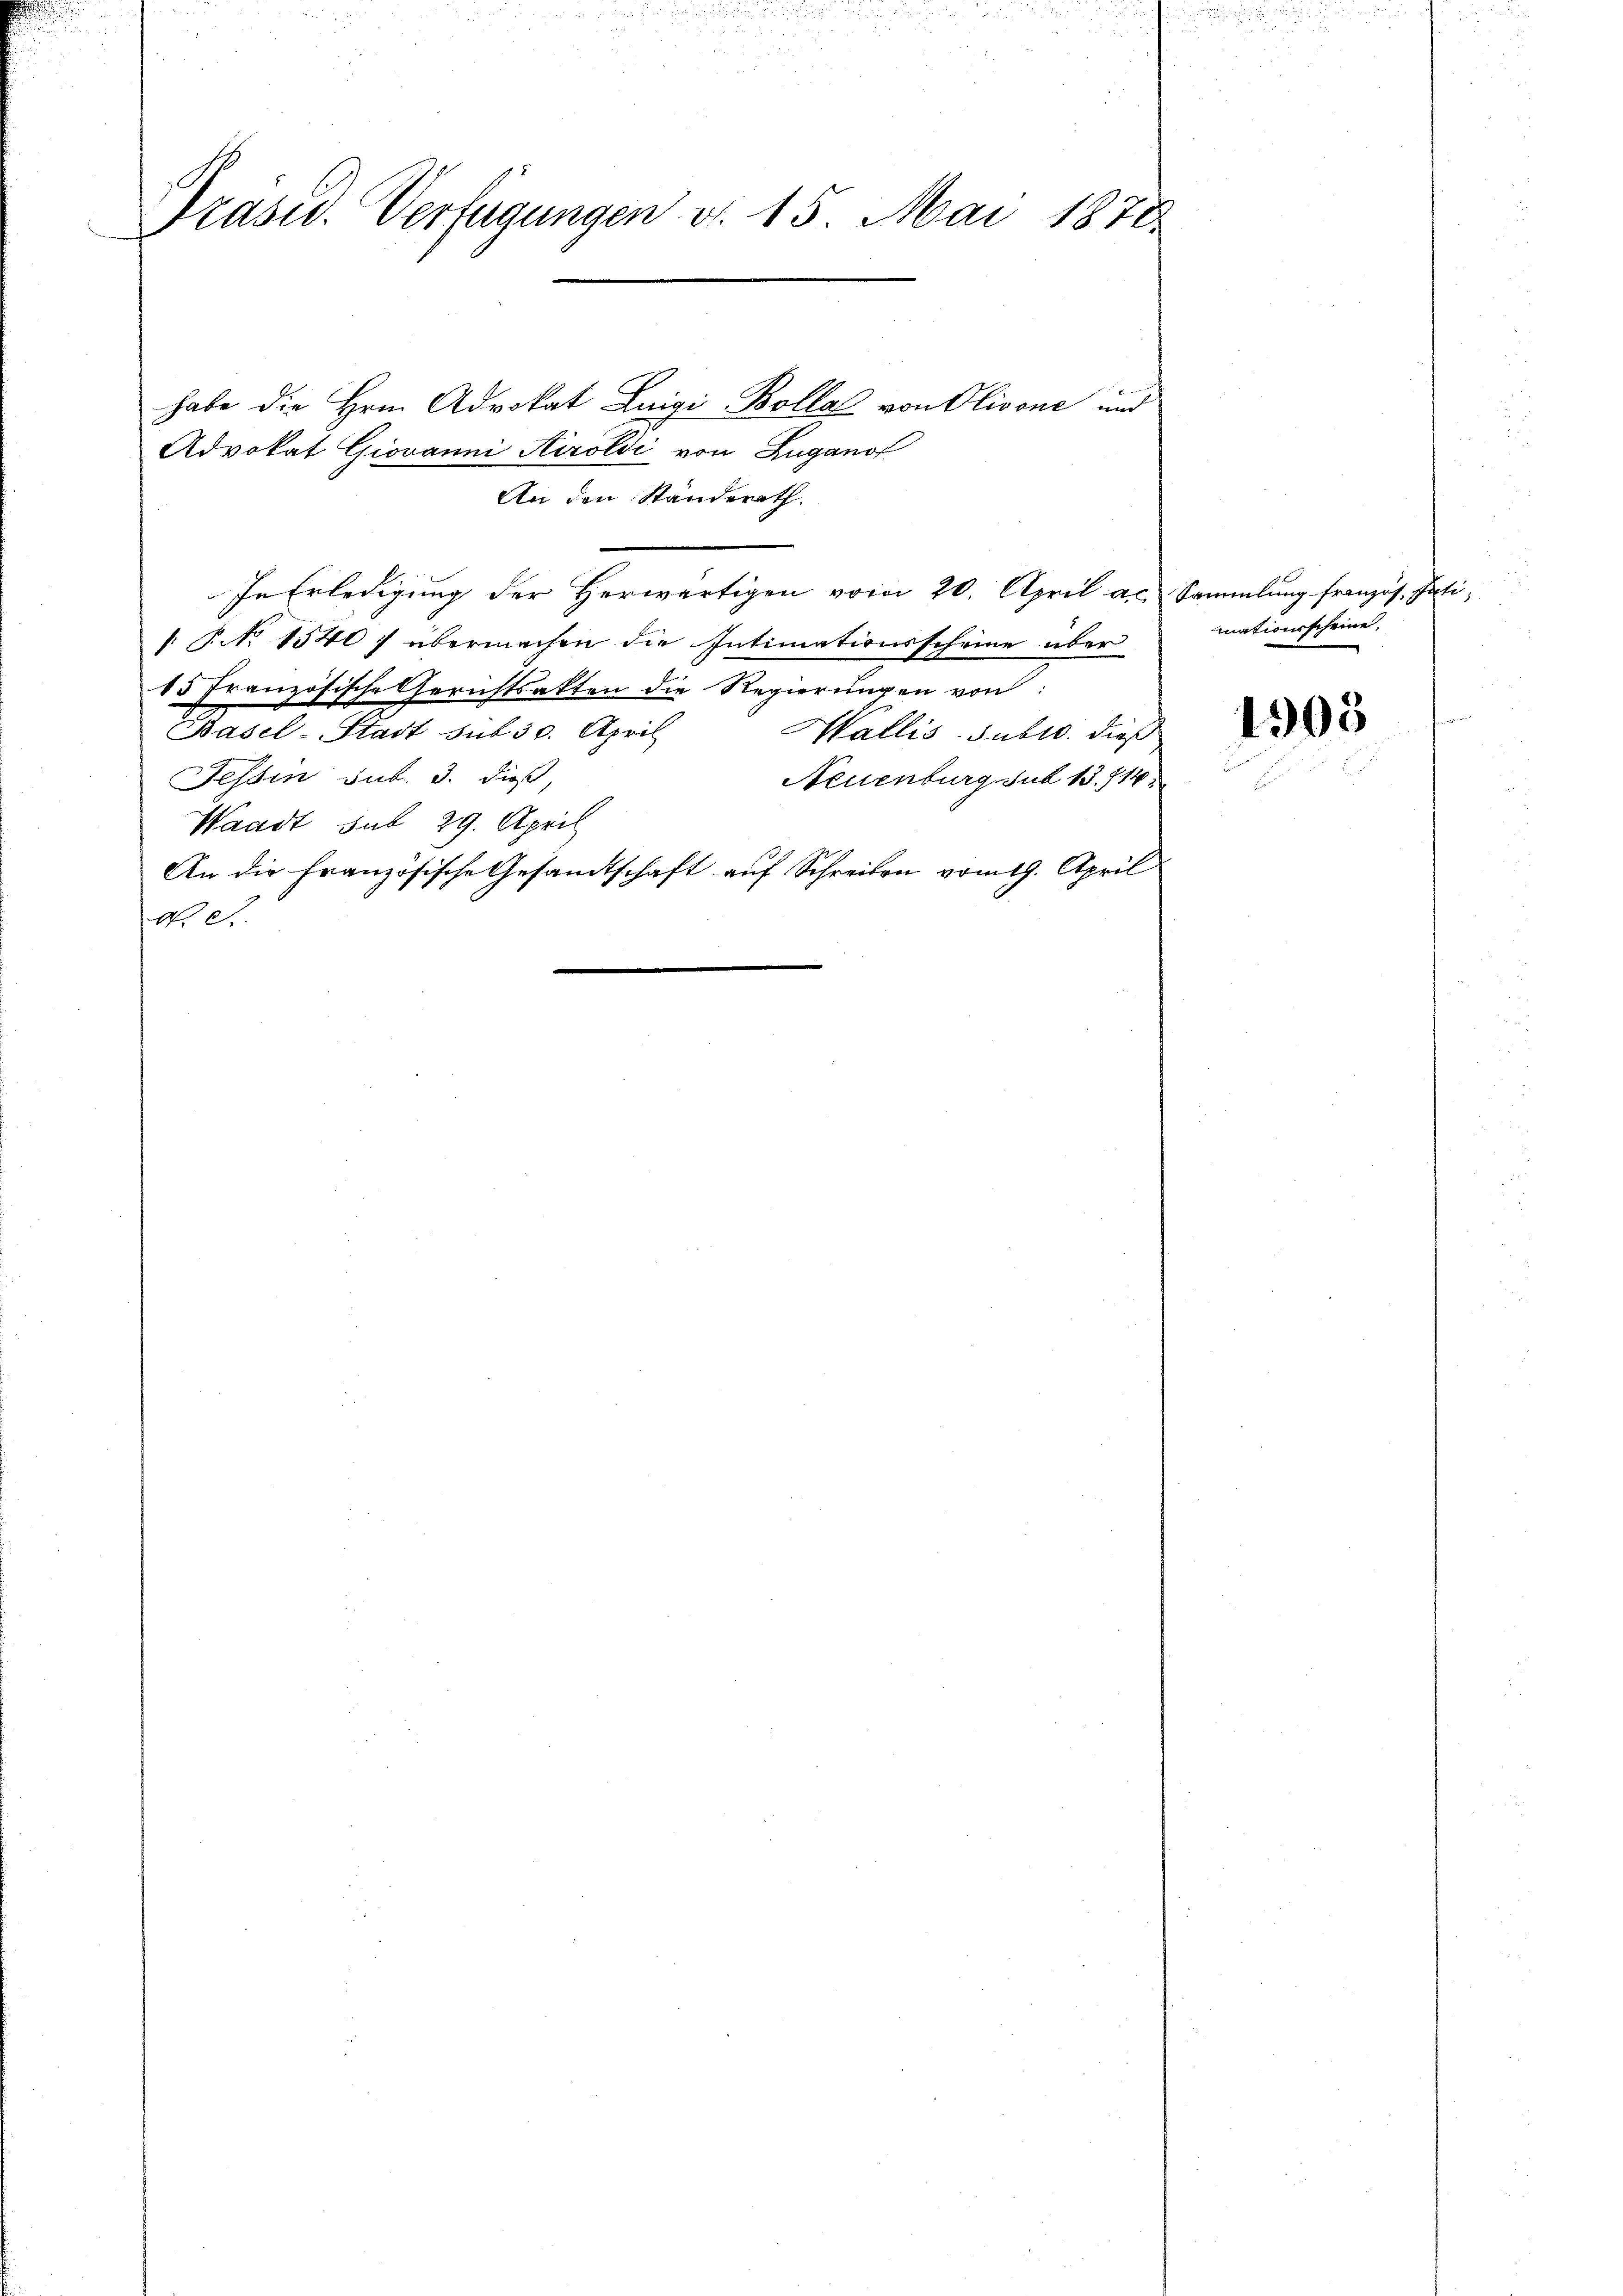
Präsid. Verfügungen d. 15. Mai 1872.

Advokat Giovanni Airoldi von Zuganof
An den Ständerath.
In Erledigung der Herwärtigen vom 20. April al. Sammlung französ. Inti¬
. P. No 1540 f übermachen die Intimationsscheine über
85 Französische Gerichtsakten die Regierungen von:
Basel-Stadt sub 30. April
Wallis subro. dieß
Tessin sub. 3. dieß,
Neuenburg sub 13. 714.
Waadt sub 29. April
An die französische Gesandtschaft auf Schreiben vom 19. April
No. 2.

habe die Hrn. Advokat Luigi Bolla von Olivone und

mationsscheine

1303